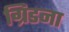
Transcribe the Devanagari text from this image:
ग्रिडना